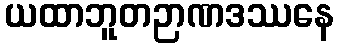
ယထာဘူတဉာဏဒဿနေ